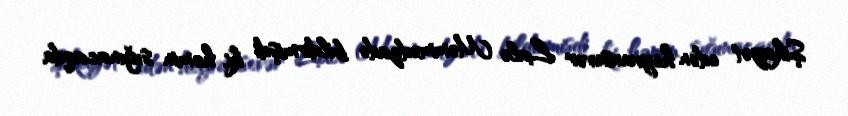
Şikayət edən heyvansevər Lalə Məmmədzadə bildirmişdi ki, həmin sığınacaqda